Vaccination in Bombay 1874-1876 - 1874-1876
Year: 1874
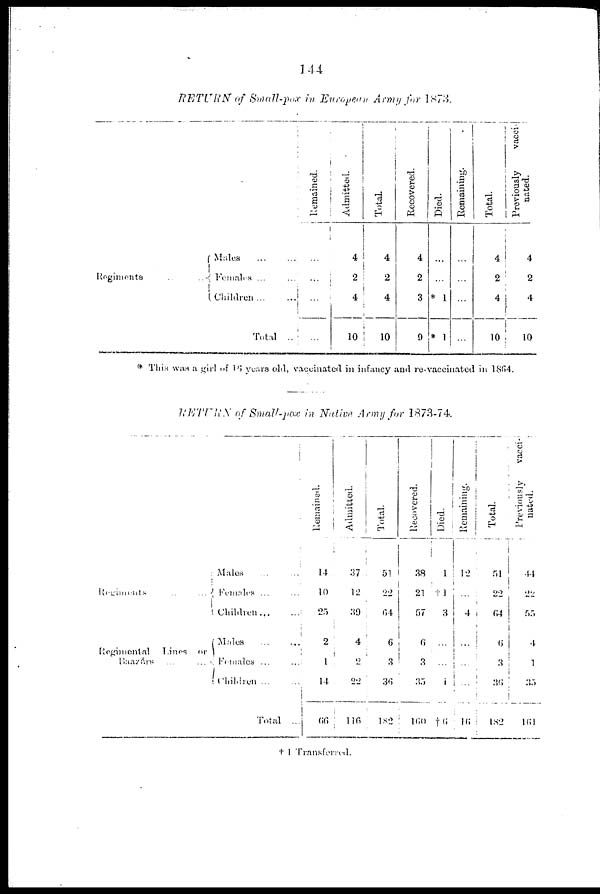
144
RETURN of Small-pox in European Army for 1873.
Regiments ... ...
Males
...
...
Females ... ...
Children ... ...
Total ..
Remained.
...
...
...
...
Admitted.
4
2
4
10
Total.
4
2
4
10
Recovered.
4
2
3
9
Died.
...
...
* 1
* 1
Remaining.
...
...
...
...
Total.
4
2
4
10
Previously
vacci-
nated.
4
2
4
10
* This was a girl of 16 years old, vaccinated in infancy and re-vaccinated in 1864.
RETURN of Small-pox in Native Army for 1873-74.
Regiments ... ...
Regimental
Lines or
Baaárs
...
...
Males
...
...
Females ... ...
Children
...
...
Males
...
...
Females ... ...
Children
...
...
Total ...
Remained.
14
10
25
2
1
14
66
Admitted.
37
12
39
4
2
22
116
Total.
51
22
64
6
3
36
182
Recovered.
38
21
57
6
3
35
160
Died.
1
†1
3
...
...
1
†6
Remaining.
12
...
4
...
...
...
16
Total.
51
22
64
6
3
36
182
Previously
vacci-
nated.
44
22
55
4
1
35
161
† 1 Transferred.